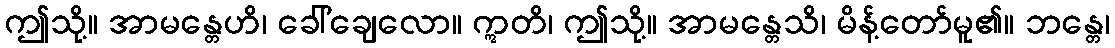
ဤသို့။ အာမန္တေဟိ၊ ခေါ်ချေလော။ ဣတိ၊ ဤသို့။ အာမန္တေသိ၊ မိန့်တော်မူ၏။ ဘန္တေ၊